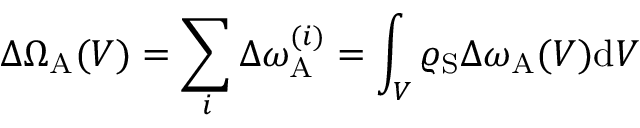
\Delta \Omega _ { \mathrm { A } } ( V ) = \sum _ { i } \Delta \omega _ { \mathrm { A } } ^ { ( i ) } = \int _ { V } \varrho _ { \mathrm { S } } \Delta \omega _ { \mathrm { A } } ( V ) \mathrm { d } V